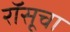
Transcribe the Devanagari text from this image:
रॉसूचा